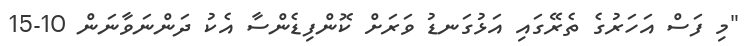
"މި ފަަސް އަހަރުގެ ތެރޭގައި އަޅުގަނޑު ވަރަށް ކޮންފިޑެންސާ އެކު ދަންނަވާނަން 10-15